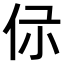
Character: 𠇡